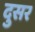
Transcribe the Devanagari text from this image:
दुसर